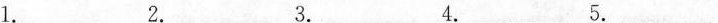
1. ___ 2. ___ 3. ___ 4. ___ 5. ___